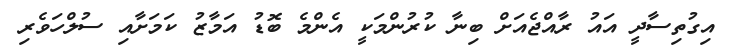
އިގުތިސާދީ އައު ރާއްޖެއަށް ބިނާ ކުރުންމަކީ އެންމެ ބޮޑު އަމާޒު ކަމަށާއި ސުލްހަވެރި